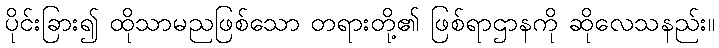
ပိုင်းခြား၍ ထိုသာမညဖြစ်သော တရားတို့၏ ဖြစ်ရာဌာနကို ဆိုလေသနည်း။